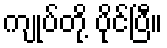
ကျုပ်တို့ ပိုင်ပြီ။